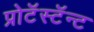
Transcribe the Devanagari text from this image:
प्रोटॅस्टॅन्ट